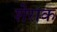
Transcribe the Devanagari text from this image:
शेराक